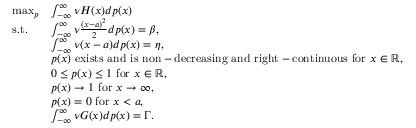
\begin{array} { r l } { \operatorname* { m a x } _ { p } } & { \int _ { - \infty } ^ { \infty } \nu H ( x ) d p ( x ) } \\ { \mathrm { ~ s . t . ~ } \ \ } & { \int _ { - \infty } ^ { \infty } \nu \frac { ( x - a ) ^ { 2 } } { 2 } d p ( x ) = \beta , } \\ & { \int _ { - \infty } ^ { \infty } \nu ( x - a ) d p ( x ) = \eta , } \\ & { p ( x ) \ \mathrm { e x i s t s ~ a n d ~ i s ~ n o n - d e c r e a s i n g ~ a n d ~ r i g h t - c o n t i n u o u s ~ f o r ~ } x \in \mathbb { R } , } \\ & { 0 \leq p ( x ) \leq 1 \ \mathrm { f o r ~ } x \in \mathbb { R } , } \\ & { p ( x ) \rightarrow 1 \ \mathrm { f o r ~ } x \rightarrow \infty , } \\ & { p ( x ) = 0 \ \mathrm { f o r ~ } x < a , } \\ & { \int _ { - \infty } ^ { \infty } \nu G ( x ) d p ( x ) = \Gamma . } \end{array}